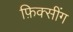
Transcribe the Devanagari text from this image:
फ़िक्सींग